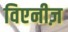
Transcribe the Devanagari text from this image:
विएनीज़